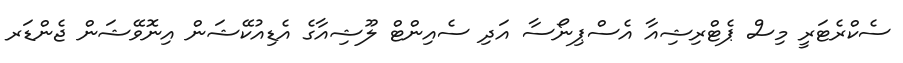
ސެކްރެޓަރީ މިސް ޕެޓްރިޝިއާ އެސްޕިނޯސާ އަދި ސެއިންޓް ލޫޝިއާގެ އެޑިއުކޭޝަން އިނޮވޭޝަން ޖެންޑަރ